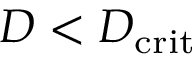
D < D _ { \mathrm { c r i t } }